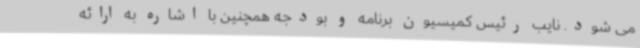
می شود. نایب رئیس کمیسیون برنامه و بودجه همچنین با اشاره به ارائه